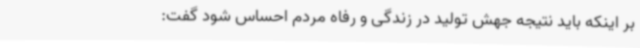
بر اینکه باید نتیجه جهش تولید در زندگی و رفاه مردم احساس شود گفت: